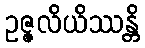
ဥဇ္ဇလိယိဿန္တိ